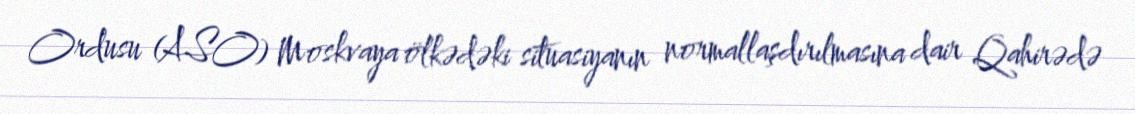
Ordusu (ASO) Moskvaya ölkədəki situasiyanın normallaşdırılmasına dair Qahirədə